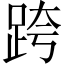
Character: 跨